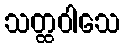
သတ္ထဝါသေ